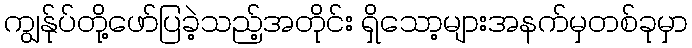
ကျွန်ုပ်တို့ဖော်ပြခဲ့သည့်အတိုင်း ရှိသော့များအနက်မှတစ်ခုမှာ